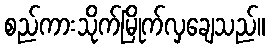
စည်ကားသိုက်မြိုက်လှချေသည်။